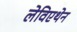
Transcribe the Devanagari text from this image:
लेविएथेन